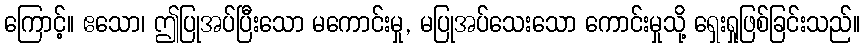
ကြောင့်။ ဧသော၊ ဤပြုအပ်ပြီးသော မကောင်းမှု, မပြုအပ်သေးသော ကောင်းမှုသို့ ရှေးရှုဖြစ်ခြင်းသည်။